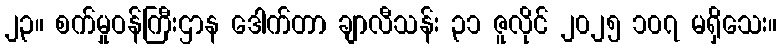
၂၃။ စက်မှုဝန်ကြီးဌာန ဒေါက်တာ ချာလီသန်း ၃၁ ဇူလိုင် ၂၀၂၅ ၁၀၇ မရှိသေး။